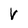
Character: V